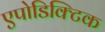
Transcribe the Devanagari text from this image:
एपोडिक्टिक